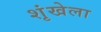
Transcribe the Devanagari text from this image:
शृंखेला